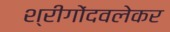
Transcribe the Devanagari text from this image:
श्रीगोंदवलेकर